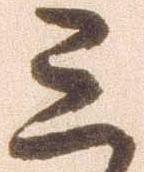
三